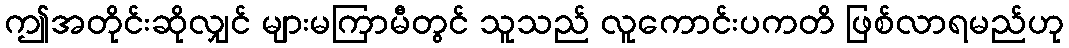
ဤအတိုင်းဆိုလျှင် များမကြာမီတွင် သူသည် လူကောင်းပကတိ ဖြစ်လာရမည်ဟု